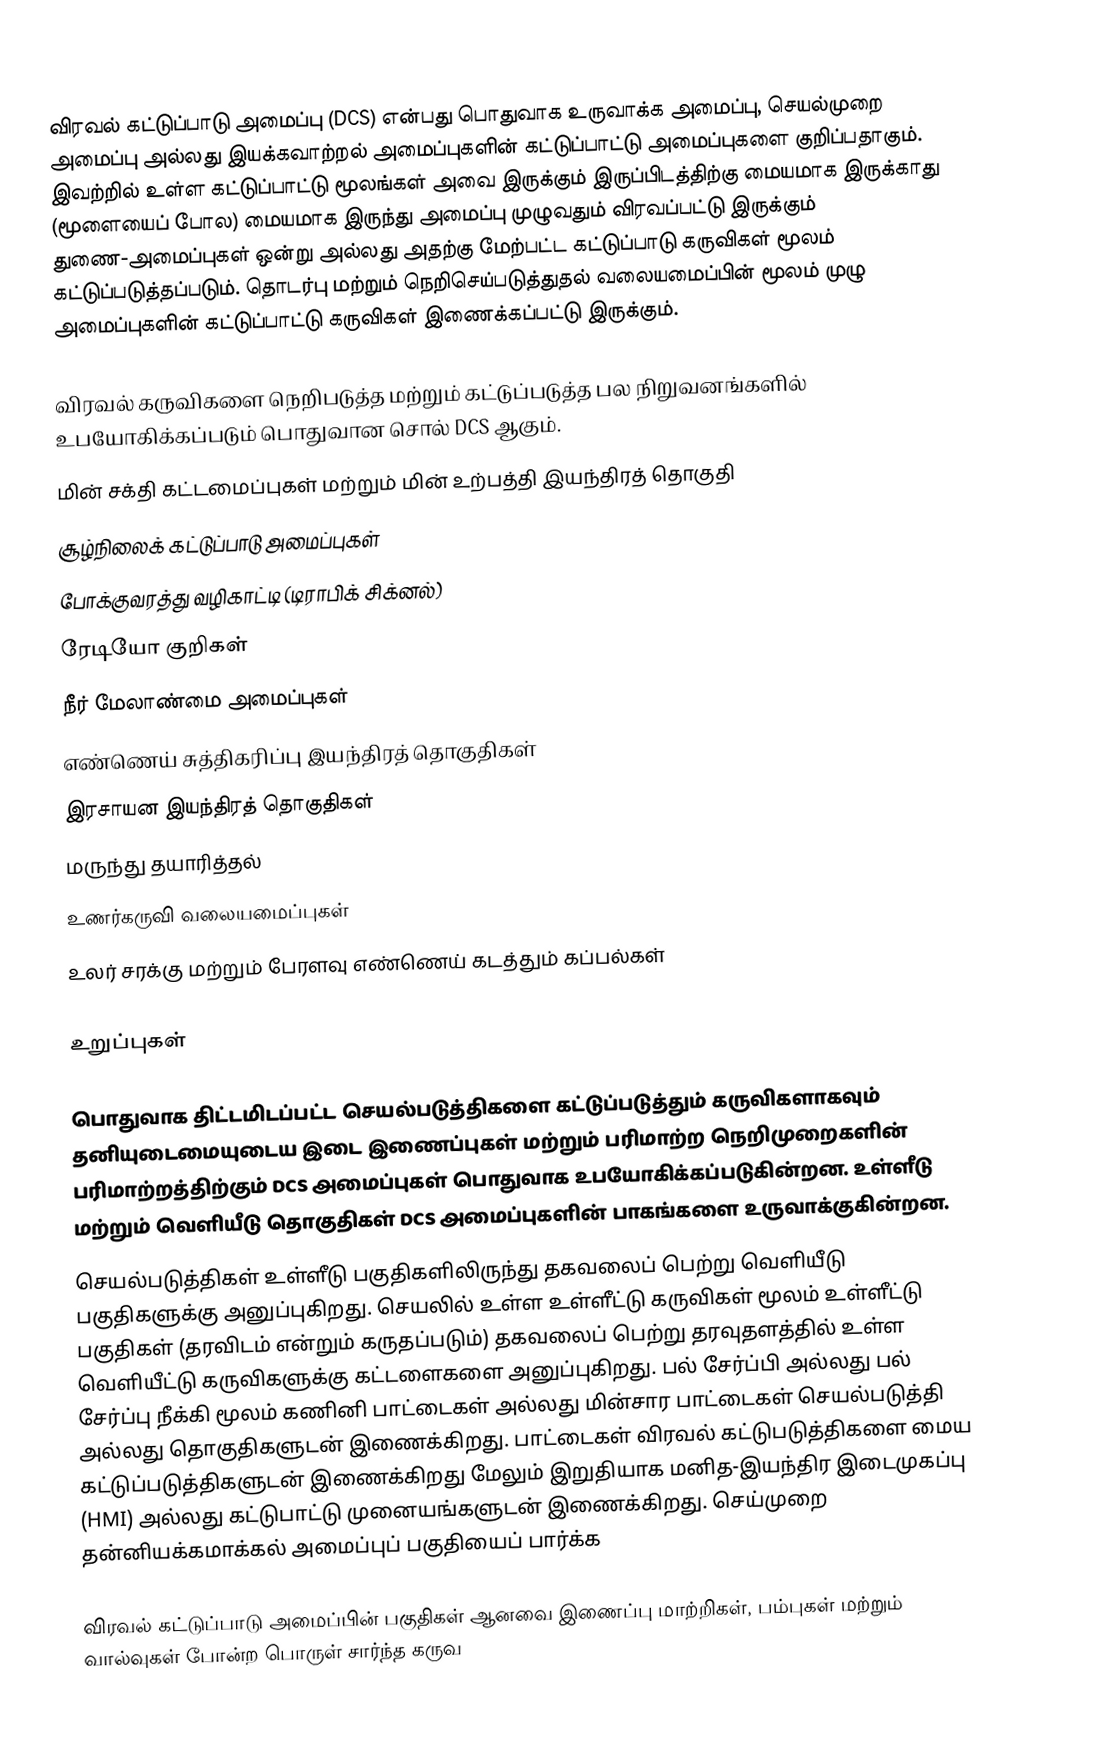
விரவல் கட்டுப்பாடு அமைப்பு (DCS) என்பது பொதுவாக உருவாக்க அமைப்பு, செயல்முறை அமைப்பு அல்லது இயக்கவாற்றல் அமைப்புகளின் கட்டுப்பாட்டு அமைப்புகளை குறிப்பதாகும். இவற்றில் உள்ள கட்டுப்பாட்டு மூலங்கள் அவை இருக்கும் இருப்பிடத்திற்கு மையமாக இருக்காது (மூளையைப் போல) மையமாக இருந்து அமைப்பு முழுவதும் விரவப்பட்டு இருக்கும் துணை-அமைப்புகள் ஒன்று அல்லது அதற்கு மேற்பட்ட கட்டுப்பாடு கருவிகள் மூலம் கட்டுப்படுத்தப்படும். தொடர்பு மற்றும் நெறிசெய்படுத்துதல் வலையமைப்பின் மூலம் முழு அமைப்புகளின் கட்டுப்பாட்டு கருவிகள் இணைக்கப்பட்டு இருக்கும்.

விரவல் கருவிகளை நெறிபடுத்த மற்றும் கட்டுப்படுத்த பல நிறுவனங்களில் உபயோகிக்கப்படும் பொதுவான சொல் DCS ஆகும்.
 மின் சக்தி கட்டமைப்புகள் மற்றும் மின் உற்பத்தி இயந்திரத் தொகுதி
 சூழ்நிலைக் கட்டுப்பாடு அமைப்புகள்
 போக்குவரத்து வழிகாட்டி (டிராபிக் சிக்னல்)
 ரேடியோ குறிகள்
 நீர் மேலாண்மை அமைப்புகள்
 எண்ணெய் சுத்திகரிப்பு இயந்திரத் தொகுதிகள்
 இரசாயன இயந்திரத் தொகுதிகள்
 மருந்து தயாரித்தல்
 உணர்கருவி வலையமைப்புகள்
 உலர் சரக்கு மற்றும் பேரளவு எண்ணெய் கடத்தும் கப்பல்கள்

உறுப்புகள்

பொதுவாக திட்டமிடப்பட்ட செயல்படுத்திகளை கட்டுப்படுத்தும் கருவிகளாகவும் தனியுடைமையுடைய இடை இணைப்புகள் மற்றும் பரிமாற்ற நெறிமுறைகளின் பரிமாற்றத்திற்கும் DCS அமைப்புகள் பொதுவாக உபயோகிக்கப்படுகின்றன. உள்ளீடு மற்றும் வெளியீடு தொகுதிகள் DCS அமைப்புகளின் பாகங்களை உருவாக்குகின்றன.
செயல்படுத்திகள் உள்ளீடு பகுதிகளிலிருந்து தகவலைப் பெற்று வெளியீடு பகுதிகளுக்கு அனுப்புகிறது. செயலில் உள்ள உள்ளீட்டு கருவிகள் மூலம் உள்ளீட்டு பகுதிகள் (தரவிடம் என்றும் கருதப்படும்) தகவலைப் பெற்று தரவுதளத்தில் உள்ள வெளியீட்டு கருவிகளுக்கு கட்டளைகளை அனுப்புகிறது. பல் சேர்ப்பி அல்லது பல் சேர்ப்பு நீக்கி மூலம் கணினி பாட்டைகள் அல்லது மின்சார பாட்டைகள் செயல்படுத்தி அல்லது தொகுதிகளுடன் இணைக்கிறது. பாட்டைகள் விரவல் கட்டுபடுத்திகளை மைய கட்டுப்படுத்திகளுடன் இணைக்கிறது மேலும் இறுதியாக மனித-இயந்திர இடைமுகப்பு (HMI) அல்லது கட்டுபாட்டு முனையங்களுடன் இணைக்கிறது. செய்முறை தன்னியக்கமாக்கல் அமைப்புப் பகுதியைப் பார்க்க

விரவல் கட்டுப்பாடு அமைப்பின் பகுதிகள் ஆனவை இணைப்பு மாற்றிகள், பம்புகள் மற்றும் வால்வுகள் போன்ற பொருள் சார்ந்த கருவ